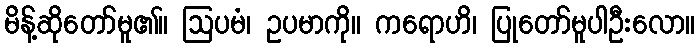
မိန့်ဆိုတော်မူ၏။ ဩပမံ၊ ဥပမာကို။ ကရောဟိ၊ ပြုတော်မူပါဦးလော။